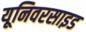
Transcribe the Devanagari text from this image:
यूनिवरसाइड